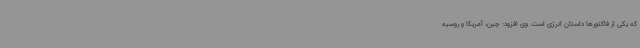
که یکی از فاکتورها داستان انرژی است. وی افزود: چین، آمریکا و روسیه